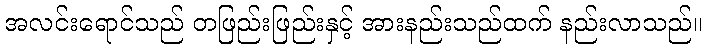
အလင်းရောင်သည် တဖြည်းဖြည်းနှင့် အားနည်းသည်ထက် နည်းလာသည်။